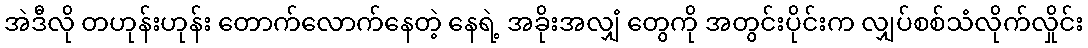
အဲဒီလို တဟုန်းဟုန်း တောက်လောက်နေတဲ့ နေရဲ့ အခိုးအလျှံ တွေကို အတွင်းပိုင်းက လျှပ်စစ်သံလိုက်လှိုင်း